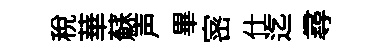
稅華蘇声畢宻仕迄尋